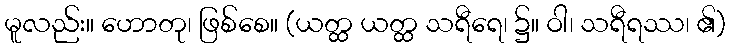
မူလည်း။ ဟောတု၊ ဖြစ်စေ။ (ယတ္ထ ယတ္ထ သရီရေ၊ ၌။ ဝါ၊ သရီရဿ၊ ၏)